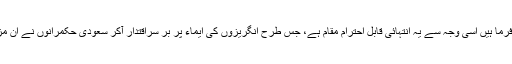
انہوں نے کہا کہ جنت البقیع جہاں اہل بیت (ع)، صحابہ کرام (رض) اور شہداء اپنی قبور میں آرام فرما ہیں اسی وجہ سے یہ انتہائی قابل احترام مقام ہے، جس طرح انگریزوں کی ایماء پر بر سراقتدار آکر سعودی حکمرانوں نے ان مزارات کی بےحرمتی کی اور ان کو بلڈوز کیا، اس کا درد آج تک امت مسلمہ محسوس کررہی ہے۔